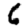
Digit: 6